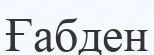
Ғабден